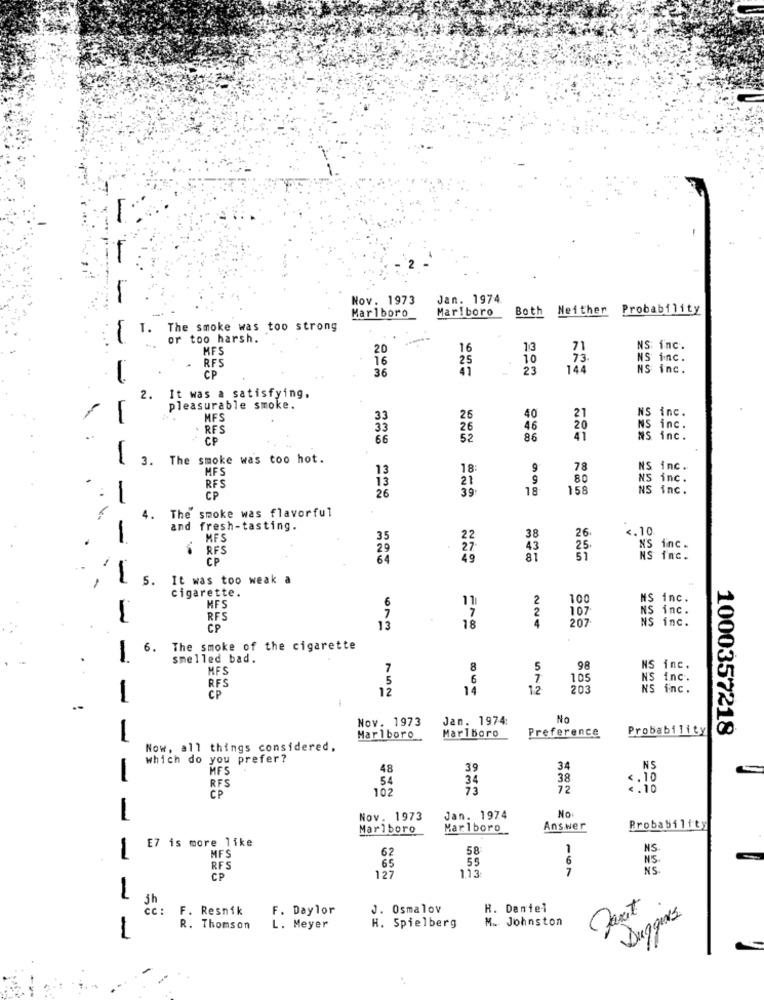
Nov. 1973
Jan. 1974
Marlboro
Marlboro
Both
Neither
Probability
T.
The smoke was too strong
or too harsh.
MFS
20
16
13
71
NS inc.
RFS
16
25
10
73
NS inc.
36
41
23
144
NS inc.
CP
2. It was a satisfying,
pleasurable smoke.
NS inc.
MFS
33
26
40
21
RES
33
26
46
20
NS inc.
CP
66
52
86
41
NS inc.
-
3.
The smoke was too hot.
MFS
13
18
9
78
inc.
13
21
9
80
NS inc.
RFS
26
39
18
158
NS inc.
CP
The smoke was flavorful
4.
d fresh-tasting.
<. 10
MFS
35
38
26
RFS
29
43
25.
NS inc.
CP
64
81
51
NS inc.
5.
It was too weak a
cigarette.
11
2
100
MS inc.
HFS
7
6
2
107
NS inc.
RFS
18
7
4
207
NS inc.
CP
13
6.
The smoke of the cigarette
smelled bad.
MFS
7
8
5
98
NS inc.
5
6
7
10
S inc.
RFS
12
12
203
NS inc.
-
CP
--
Nov. 1973
Jan. 1974:
No
Marlboro
Preference
Probability
1000357218
Marlboro
Now, all things considered,
which do you prefer?
MFS
48
39
34
NS
-
RFS
54
34
38
<. 10
102
72
<. 10
No
-
Nov. 1973
Jan. 1974
Marlboro
Marlboro
Answer
Probability
E7 is more like
58
1
NS
MFS
62
55
6
NS.
RFS
65
113
7
NS
CP
127
1
jh
CC :
F. Resnik
F. Daylor
J. Osmalov
H. Dentel
M .. Johnston
Duggins
1
R. Thomson
L. Meyer
H. Spielberg